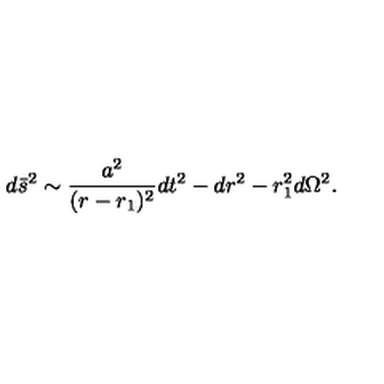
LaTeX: d \bar { s } ^ { 2 } \sim \frac { a ^ { 2 } } { ( r - r _ { 1 } ) ^ { 2 } } d t ^ { 2 } - d r ^ { 2 } - r _ { 1 } ^ { 2 } d \Omega ^ { 2 } .